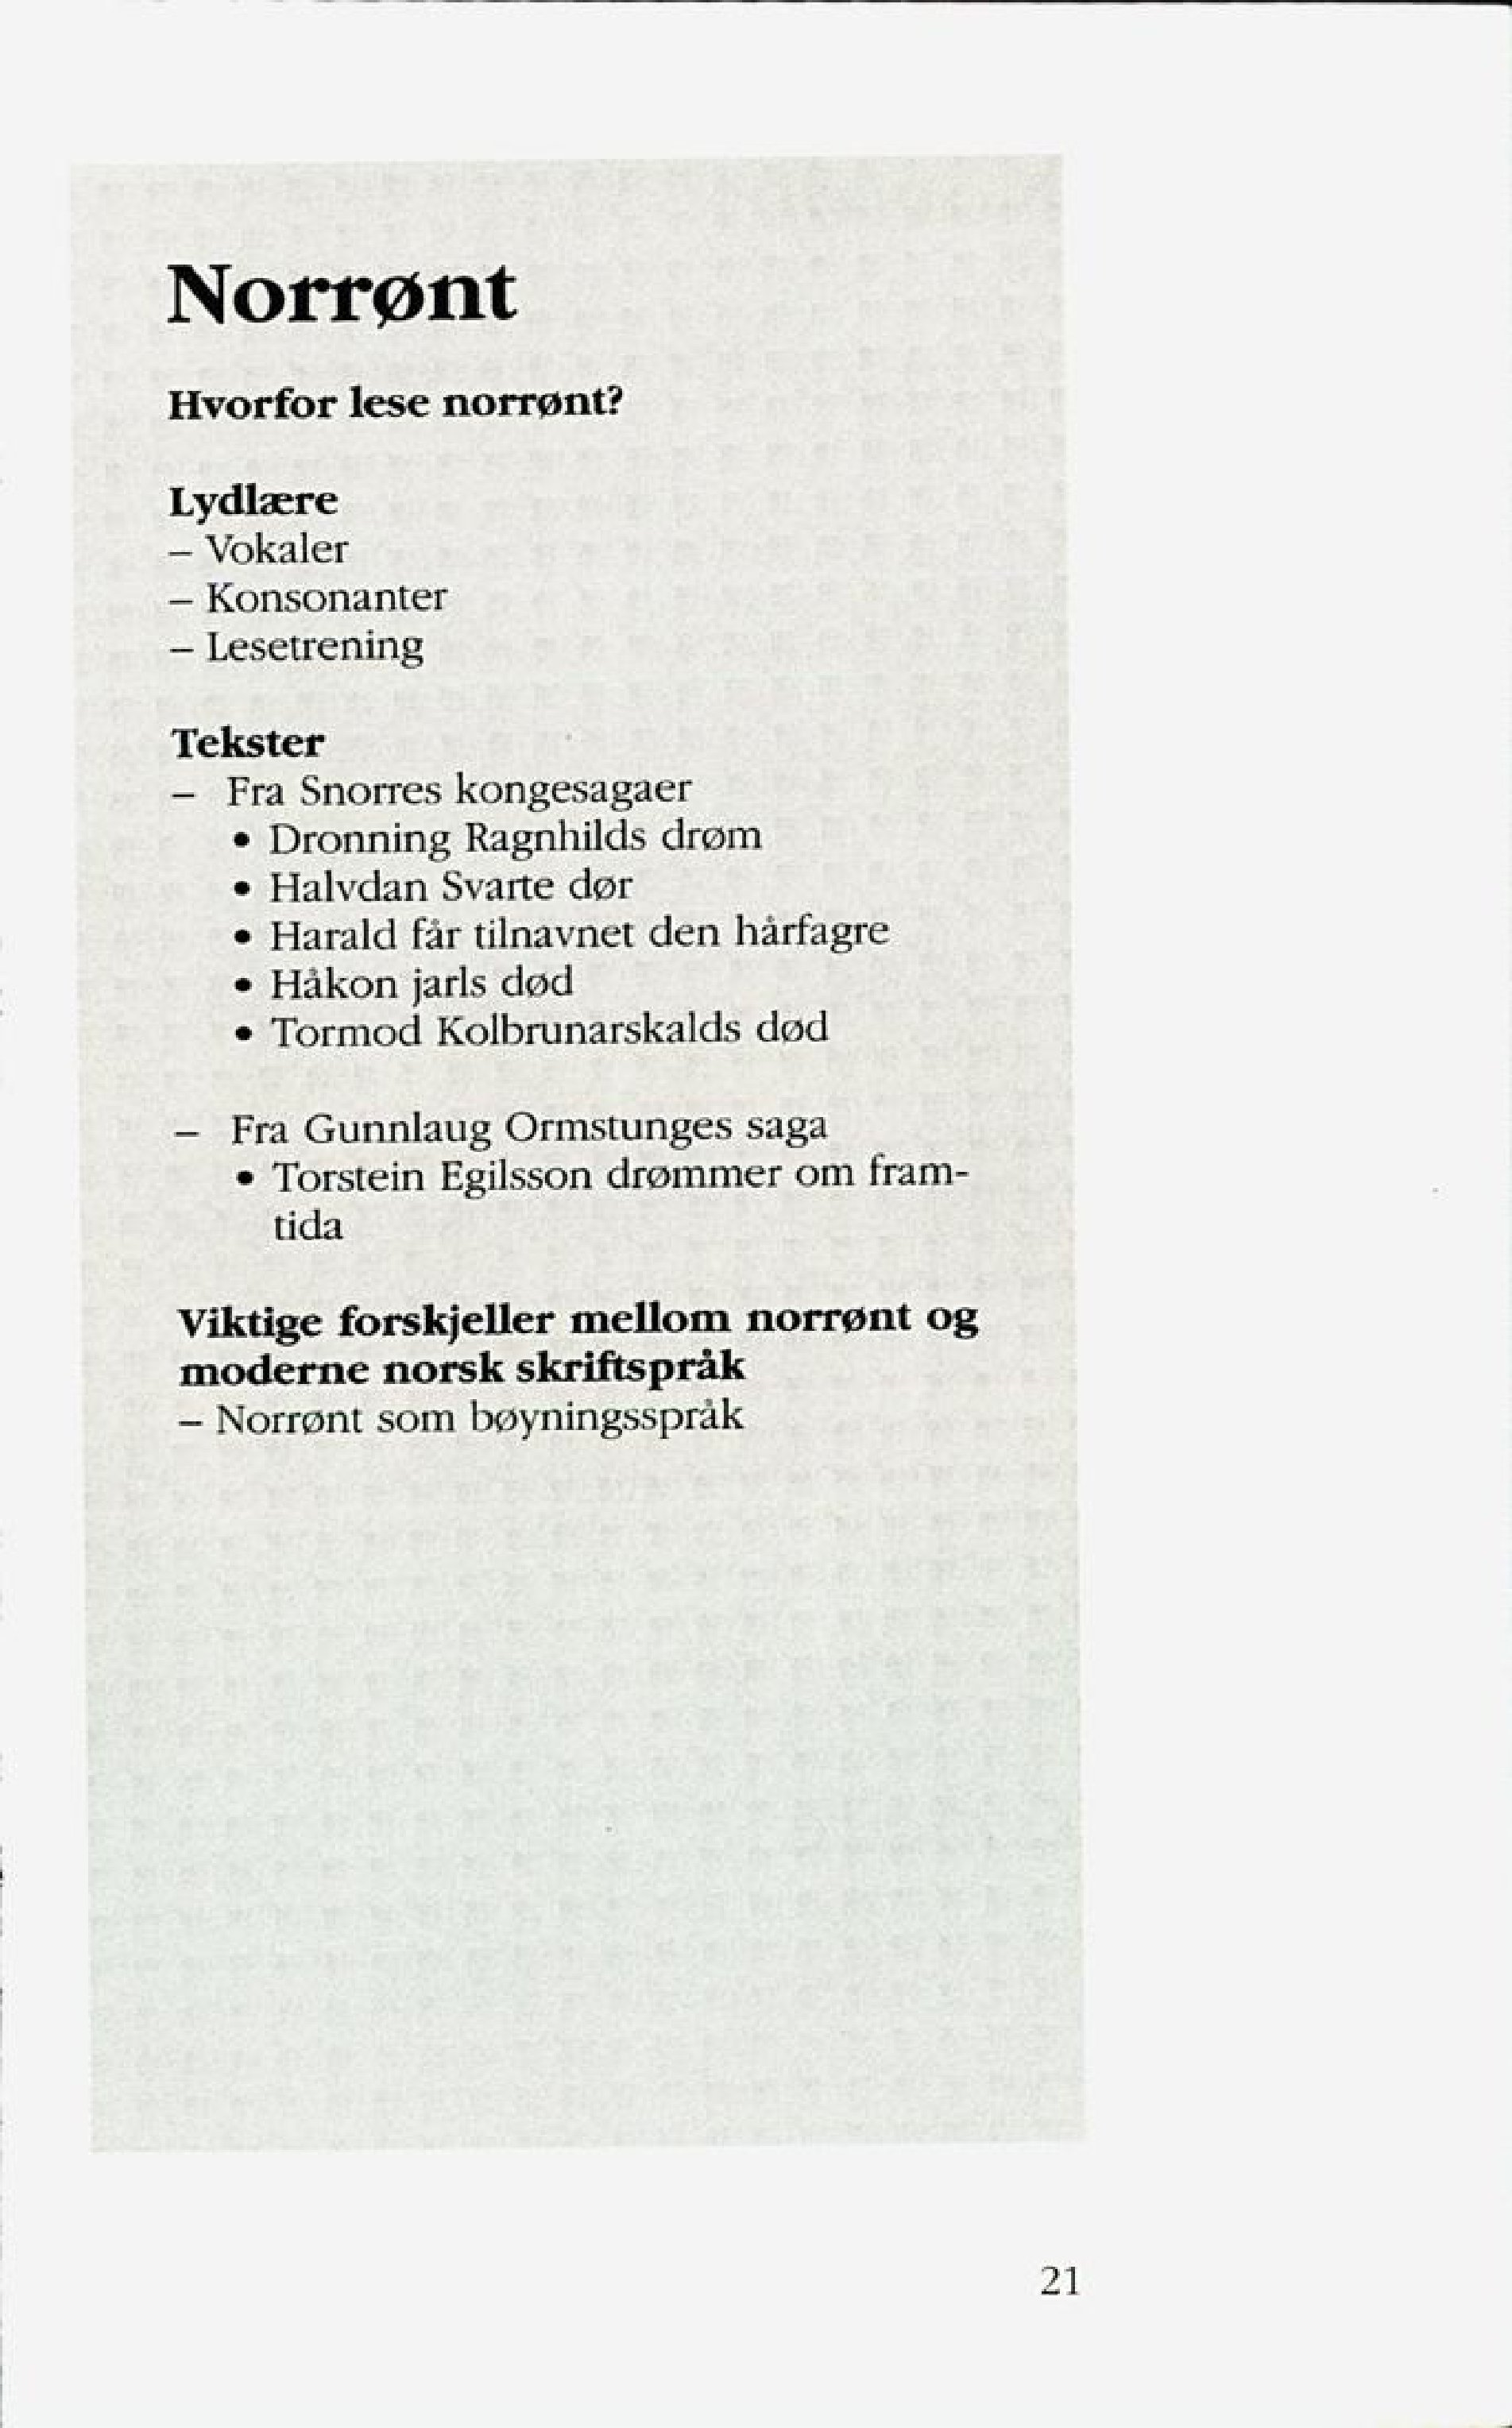
Language: no